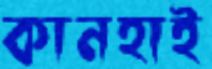
কানহাই